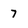
Character: 7